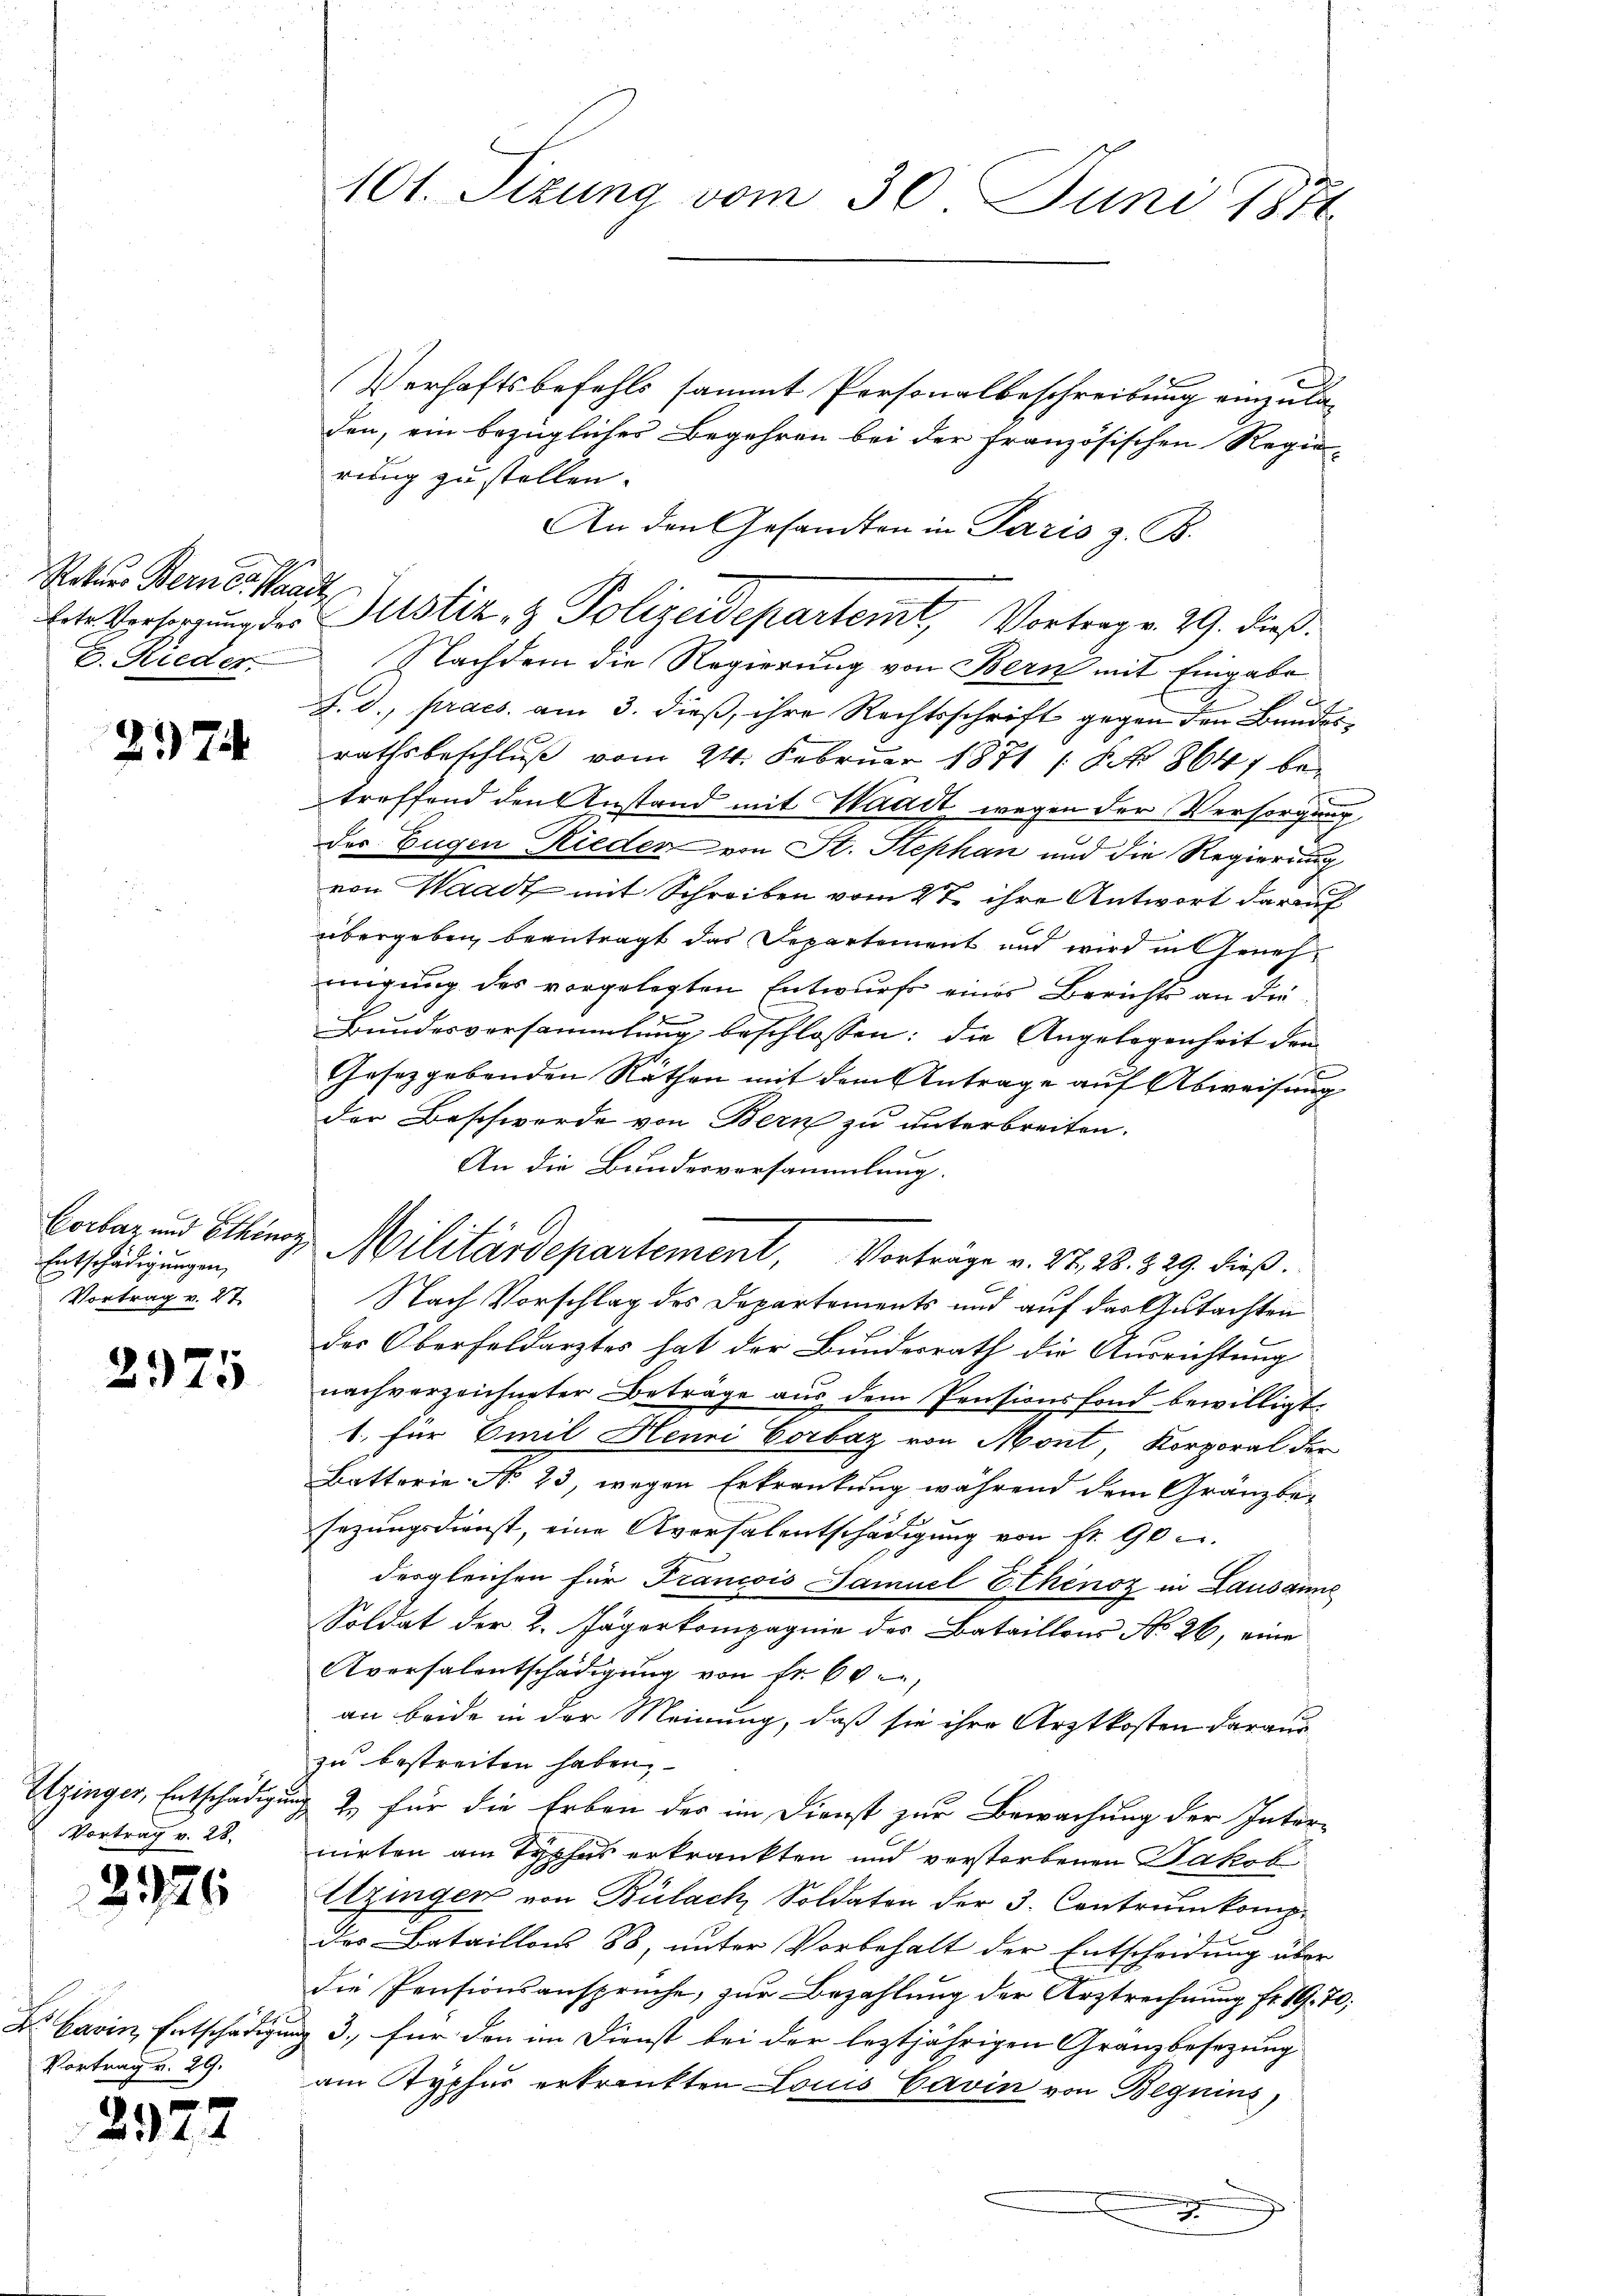
Rekurs Berner Waadt
6. Rieder

217

Entschädigungen,
Vortrag v. 27.

2975

Utzinger, Entschädigu
Vortrag v. 28.

2926

Dr. Carin, Entschädigun
Vortrag v. 29.

2922

Verhaftsbefehls sammt Personalbeschreibung einzula-
den, ein bezügliches Begehren bei der französischen Regie-
rung zu stellen.
An den Gesandten in Paris z. B.
lete Vorsorgung der Justiz & Polizeidepartemt, Vortrag v. 29. dieß:
Nachdem die Regierung von Bern mit Eingabe
J.d., praes. am 3. dieß, ihre Rechtsschrift gegen den Bundesrathsbeschluß vom 24. Februar 1871 18. No 864 betreffend den Anstand mit Waadt wegen der Versorgung
der Eugen Rieder von St. Stephan und die Regierung
von Waadt mit Schreiben vom 27. ihre Antwort darauf
übergeben beantragt das Departement und wird in Genehmigung des vorgelegten Entwurf eines Berichts an die
Bundesversammlung beschlossen: die Angelegenheit den
Gesetzgebenden Räthen mit dem Antrage auf Abweisung
der Beschwerde von Bern zu unterbreiten.
An die Bundesvorsammlung.
Corlar und Etting Militärdepartement, Vorträge v. 27, 28. 329. dieß.
Nach Vorschlag des Departements und auf das Gutachten
des Oberfeldarztes hat der Bundesrath die Ausrichtung
nachverzeichneter Beträge aus dem Pensionsfond bewilligt
1. für Emil Henni Corbaz von Mont, Korporal der
Batterie No 23, wegen Erkrankung während dem Gränzbesezungsdienst, eine Aversalentschädigung von fr. 90 u.
dergleichen für Francois Samuel Ethénoz in Lausanne
Soldat der 2. Jägerkompagnie des Bataillons No 26, eine
Aversalentschädigung von Fr. 60,
an beide in der Meinung, daß sie ihre Arztkosten daraus
zu bestreiten haben,
Z. für die Erben der im Dienst zur Bewachung der Internirten am Typhus erkrankten und verstorbenen Jakob
Utzingen von Bülach, Soldaten der 3. Centrumkomp
des Bataillons 88, unter Vorbehalt der Entscheidung über
die Pensionsansprüche, zur Bezahlung der Arztrechnung Fr. 19. 70;
 3., für den im Dienst bei der leztjährigen Granzbesezung
am Typhus erkrankten Louis Cavin von Beguins,
.

101. Sizung vom 30. Juni 1871